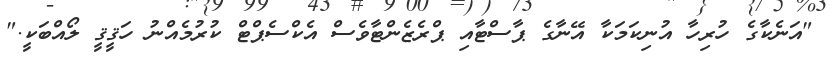
"އަނެކާގެ ހުރިހާ އުނިކަމަކާ އޭނާގެ ޕާސްޓާއި ޕްރެޒެންޓާވެސް އެކްސެޕްޓް ކުރުމެއްނު ހަޤީޤީ ލޯއްބަކީ."